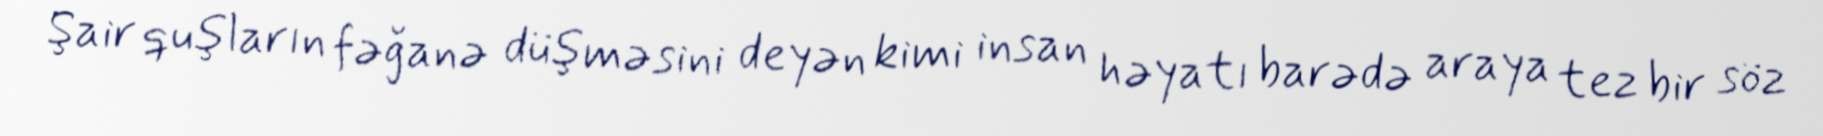
Şair quşların fəğanə düşməsini deyən kimi insan həyatı barədə araya tez bir söz